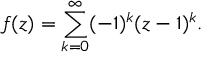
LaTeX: f ( z ) = \sum _ { k = 0 } ^ { \infty } ( - 1 ) ^ { k } ( z - 1 ) ^ { k } .